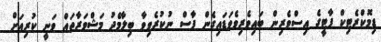
ޑިމޮކްރެޓިކް ޕާޓީގެ އިސްވެރިން ބައިވެރިވެވަޑައިގެން ފާސް ނުކުރެވިވާ ބިލާމެދު މަޝްވަރާތައް ވަނީ ކުރިއަށް